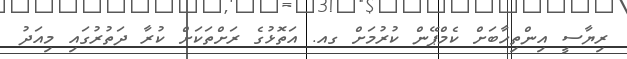
ރިޔާސީ އިންތިހާބަށް ކެމްޕޭން ކުރުމަށް ގއ. އަތޮޅުގެ ރަށްތަކަށް ކުރާ ދަތުރުގައި މިއަދު